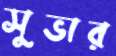
সুভার